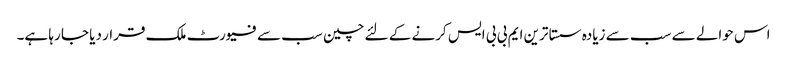
اس حوالے سے سب سے زیادہ سستا ترین ایم بی بی ایس کرنے کے لئے چین سب سے فیورٹ ملک قرار دیا جا رہا ہے۔